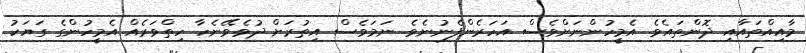
މާއިއްތައާއި ދޮންތައެވެ. އެމީހުންނަށްވެސް އަހަރެންފެނުނެވެ. ނަމަވެސް އިތުރަށް ދުވެވޭނެހާ ހިތްވަރެއް އެމީހުންގެ ގަޔަކު